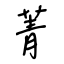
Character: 菁